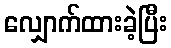
လျှောက်ထားခဲ့ပြီး